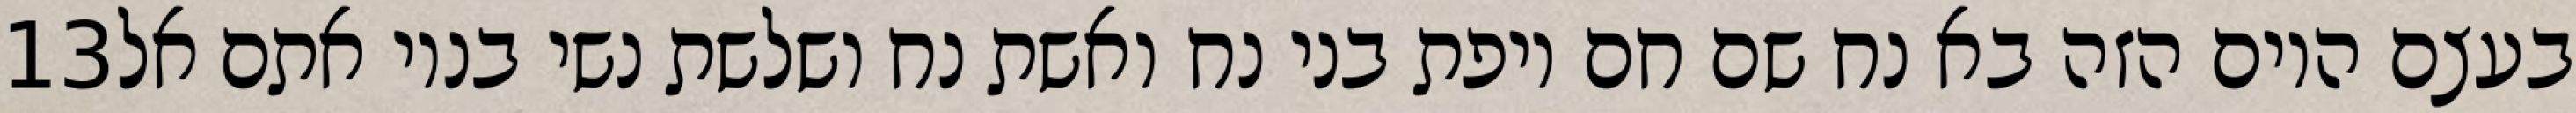
‎13‏ בעצם היום הזה בא נח שם חם ויפת בני נח ואשת נח ושלשת נשי בניו אתם אל